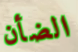
الضأن